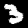
Digit: 3